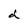
Character: d